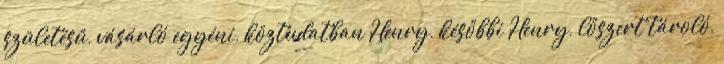
születésű, vásárló egyéni, köztudatban Henry, későbbi Henry, lőszert tároló,